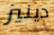
دينيز